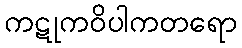
ကဋုကဝိပါကတရော